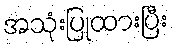
အသုံးပြုထားပြီး